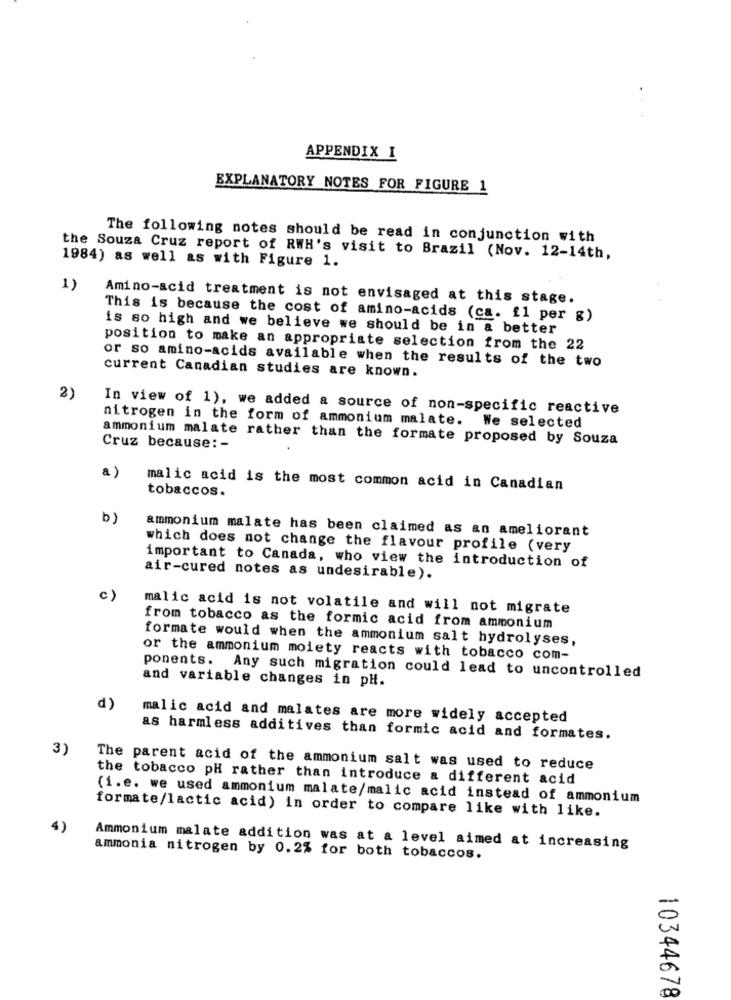
APPENDIX I
EXPLANATORY NOTES FOR FIGURE 1
The following notes should be read in conjunction with
the Souza Cruz report of RWH's visit to Brazil (Nov. 12-14th,
1984) as well as with Figure 1.
1)
Amino-acid treatment is not envisaged at this stage.
This is because the cost of amino-acids (ca. f1 per g)
is so high and we believe we should be in a better
position to make an appropriate selection from the 22
or so amino-acids available when the results of the two
current Canadian studies are known.
2)
In view of 1), we added a source of non-specific reactive
nitrogen in the form of ammonium malate. We selected
ammonium malate rather than the formate proposed by Souza
Cruz because: -
a)
malic acid is the most common acid in Canadian
tobaccos.
b)
ammonium malate has been claimed as an ameliorant
which does not change the flavour profile (very
important to Canada, who view the introduction of
air-cured notes as undesirable).
c)
malic acid is not volatile and will not migrate
from tobacco as the formic acid from ammonium
formate would when the ammonium salt hydrolyses,
or the ammonium moiety reacts with tobacco com-
ponents. Any such migration could lead to uncontrolled
and variable changes in pH.
d)
malic acid and malates are more widely accepted
as harmless additives than formic acid and formates.
3)
The parent acid of the ammonium salt was used to reduce
the tobacco pH rather than introduce a different acid
(i.e. we used ammonium malate/malic acid instead of ammonium
formate/lactic acid) in order to compare like with like.
4)
Ammonium malate addition was at a level aimed at increasing
ammonia nitrogen by 0.2% for both tobaccos.
10344678